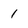
Character: 1